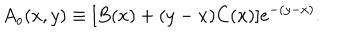
A _ { o } ( x , y ) \equiv [ B ( x ) + ( y - x ) C ( x ) ] e ^ { - ( y - x ) } .